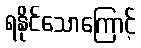
ရနိုင်သောကြောင့်